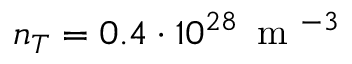
n _ { T } = 0 . 4 \cdot 1 0 ^ { 2 8 } \, \mathrm { ~ m ~ } ^ { - 3 }